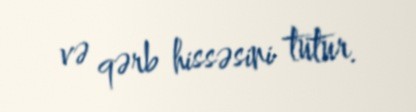
və qərb hissəsini tutur.